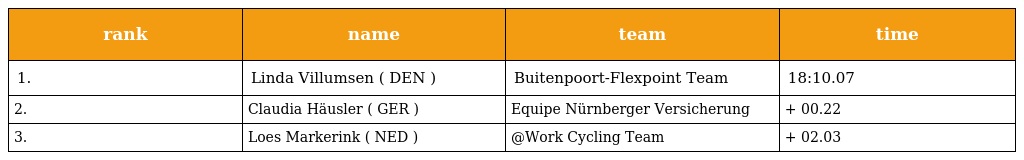
| rank | name | team | time |
 | --- | --- | --- | --- |
 | 1. | Linda Villumsen ( DEN ) | Buitenpoort-Flexpoint Team | 18:10.07 |
 | 2. | Claudia Häusler ( GER ) | Equipe Nürnberger Versicherung | + 00.22 |
 | 3. | Loes Markerink ( NED ) | @Work Cycling Team | + 02.03 |